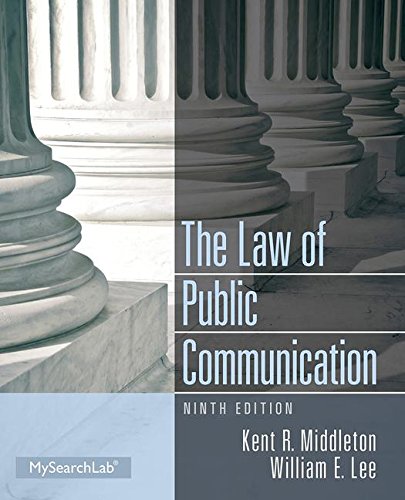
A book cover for The Law of Public Communication; Kent R. Middleton; Law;